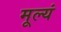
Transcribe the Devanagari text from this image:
मूल्यं